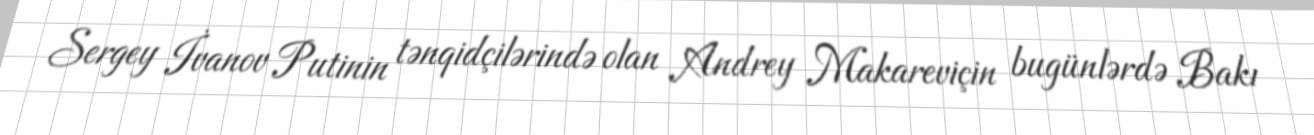
Sergey İvanov Putinin tənqidçilərində olan Andrey Makareviçin bugünlərdə Bakı